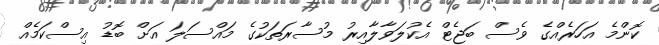
ކޮންމެ އަހަރެއްގެ ވެސް ބަޖެޓް އެކުލަވާލާއިރު މުސާރަތަކުގެ މައްސަލަ އަށް ބޮޑު އިސްކަމެއް